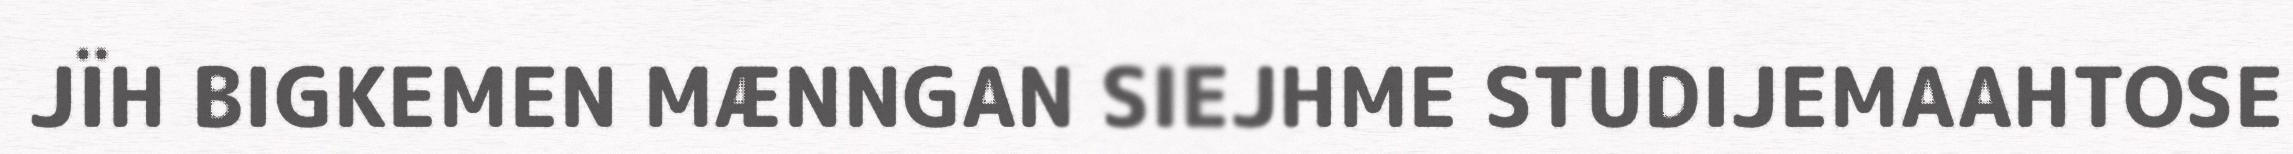
JÏH BIGKEMEN MÆNNGAN SIEJHME STUDIJEMAAHTOSE